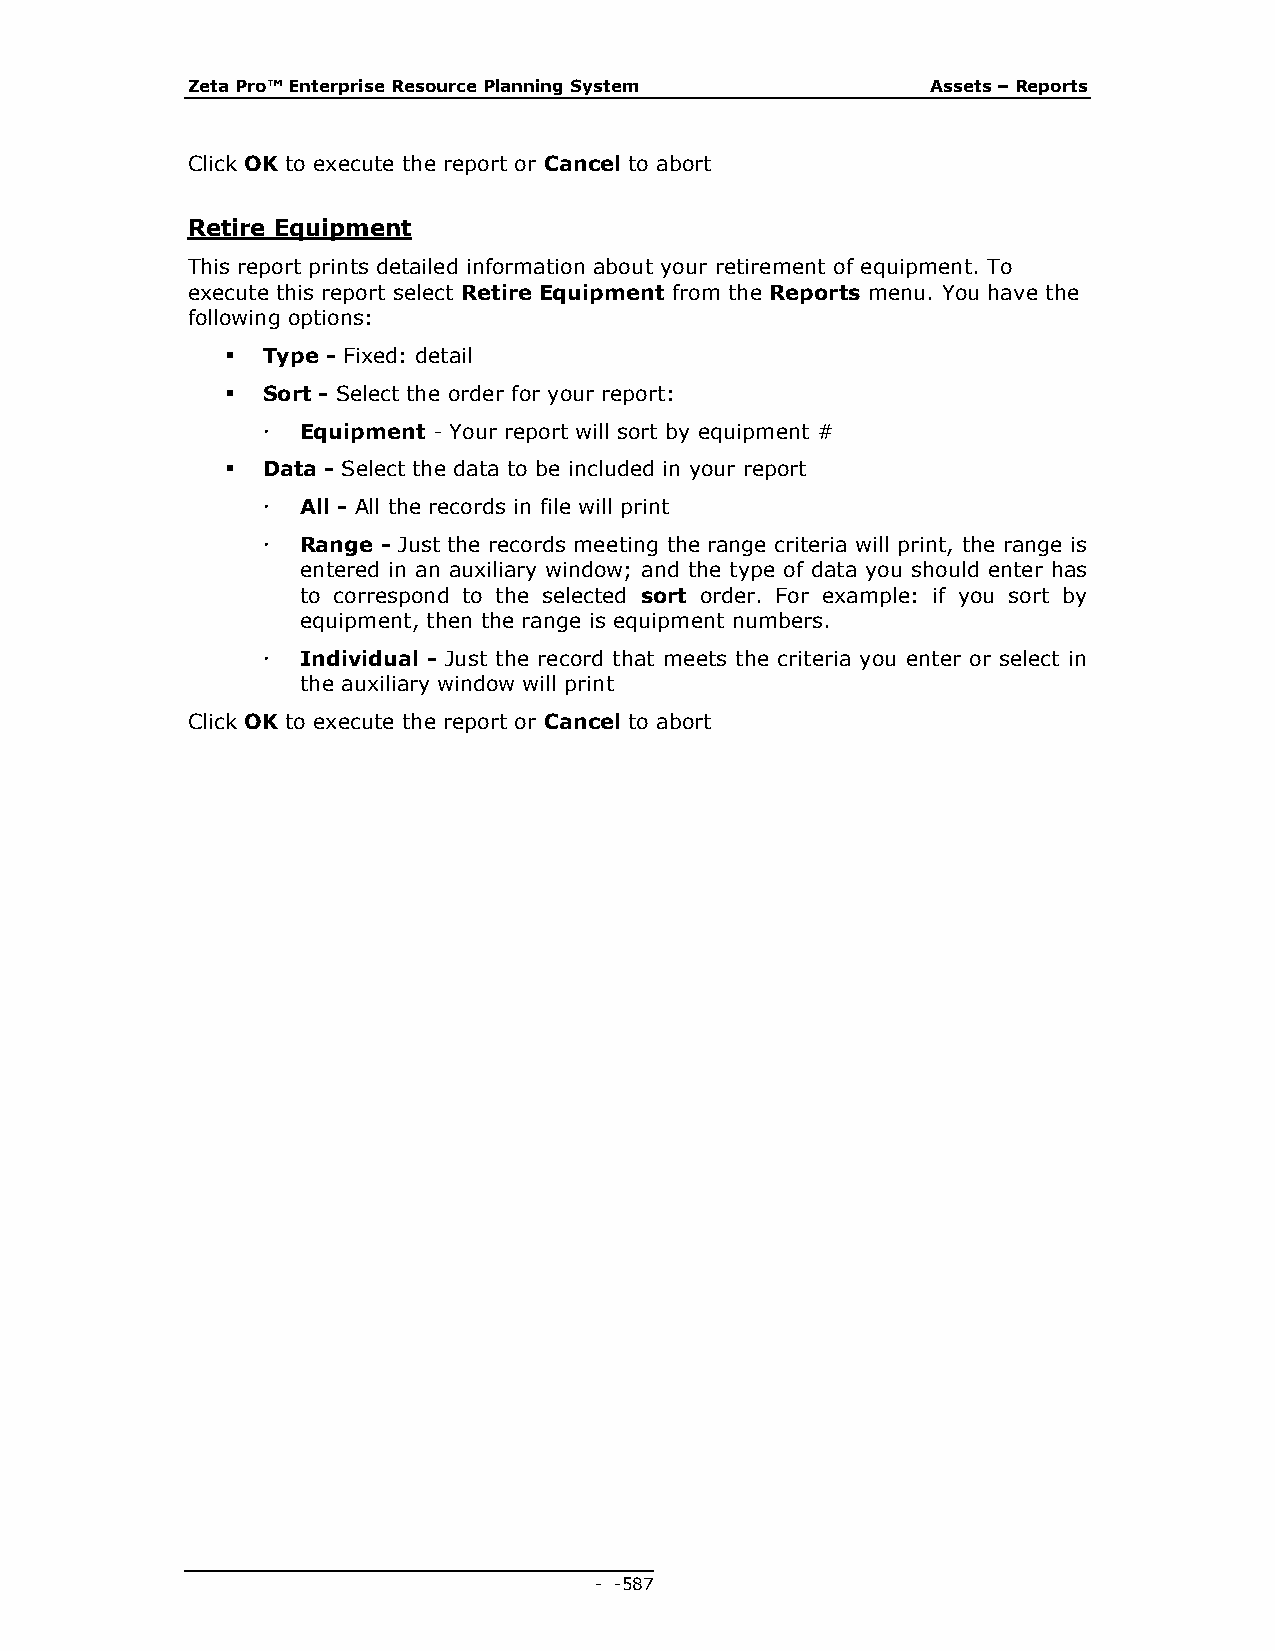
Zeta Pro™ Enterprise Resource Planning System     Assets – Reports
 Click OK to execute the report or Cancel to abort
 Retire Equipment
 This report prints detailed information about your retirement of equipment. To
 execute this report select Retire Equipment from the Reports menu. You have the
 following options:
  Type - Fixed: detail
  Sort - Select the order for your report:
   Equipment - Your report will sort by equipment #
  Data - Select the data to be included in your report
   All - All the records in file will print
   Range - Just the records meeting the range criteria will print, the range is
 entered in an auxiliary window; and the type of data you should enter has
 to correspond to the selected sort order. For example: if you sort by
 equipment, then the range is equipment numbers.
   Individual - Just the record that meets the criteria you enter or select in
 the auxiliary window will print
 Click OK to execute the report or Cancel to abort
 - - 587